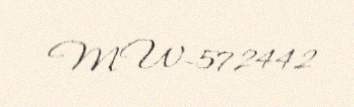
MW-572442